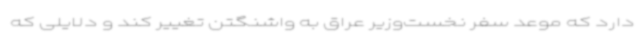
دارد که موعد سفر نخست‌وزیر عراق به واشنگتن تغییر کند و دلایلی که